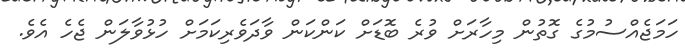
ހަމަޖެއްސުމުގެ ގޮތުން މިހާރަށް ވުރެ ބޮޑަށް ކަންކަން ވާދަވެރިކަމަށް ހުޅުވާލަން ޖެހެ އެވެ.